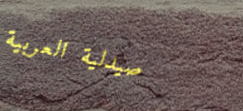
صيدلية العربية